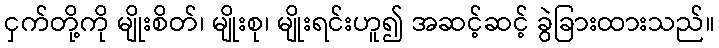
ငှက်တို့ကို မျိုးစိတ်၊ မျိုးစု၊ မျိုးရင်းဟူ၍ အဆင့်ဆင့် ခွဲခြားထားသည်။